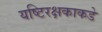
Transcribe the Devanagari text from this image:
यष्टिरक्षकाकडे